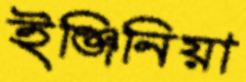
ইঞ্জিনিয়া